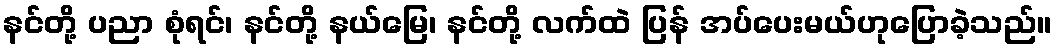
နင်တို့ ပညာ စုံရင်၊ နင်တို့ နယ်မြေ၊ နင်တို့ လက်ထဲ ပြန် အပ်ပေးမယ်ဟုပြောခဲ့သည်။